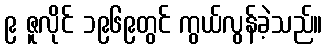
၉ ဇူလိုင် ၁၉၆၉တွင် ကွယ်လွန်ခဲ့သည်။